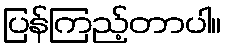
ပြန်ကြည့်တာပါ။